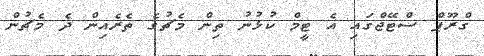
ގްރޫޕް ސްޓޭޖްގައި އެ ޓީމް ކުޅުނު ތިން މެޗުގެ ތެރެއިން ދެ މެޗުން